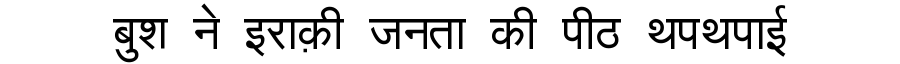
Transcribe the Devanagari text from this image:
बुश ने इराक़ी जनता की पीठ थपथपाई